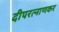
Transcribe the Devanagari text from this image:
दीपरत्नाणकर